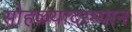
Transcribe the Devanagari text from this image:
सोहळयादरम्यान